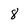
Character: 8